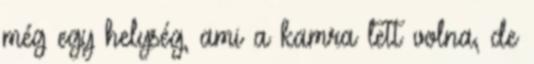
még egy helység, ami a kamra lett volna, de